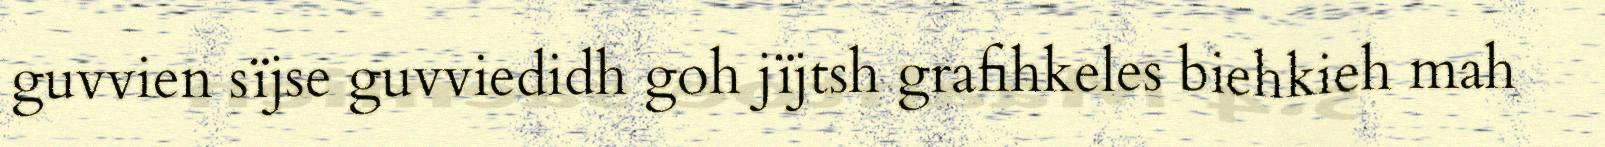
guvvien sïjse guvviedidh goh jïjtsh grafihkeles biehkieh mah